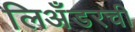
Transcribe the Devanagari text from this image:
लिअँडरची